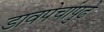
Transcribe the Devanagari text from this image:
डावपेचांपुढे